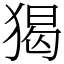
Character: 猲